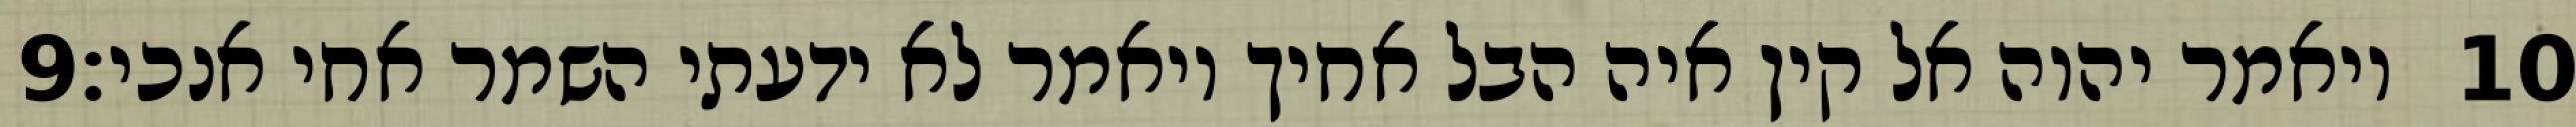
‎9‏ ויאמר יהוה אל קין איה הבל אחיך ויאמר לא ידעתי השמר אחי אנכי׃ ‎10‏